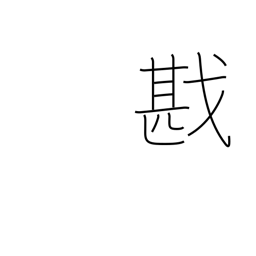
Meaning: victory